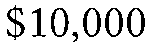
$10,000